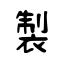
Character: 製